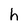
Character: h